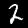
Label: 2